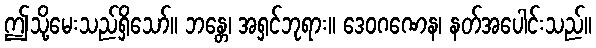
ဤသို့မေးသည်ရှိသော်။ ဘန္တေ၊ အရှင်ဘုရား။ ဒေဝဂဏေန၊ နတ်အပေါင်းသည်။